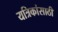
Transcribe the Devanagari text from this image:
यत्रिकांसाठी